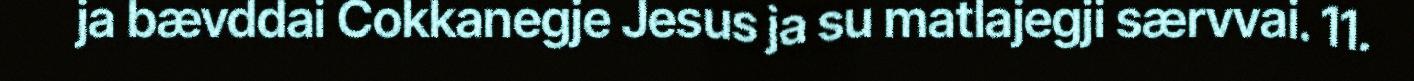
ja bævddai Cokkanegje Jesus ja su matlajegji særvvai. 11.